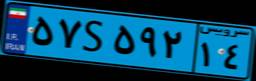
۵۷S۵۹۲۱۴